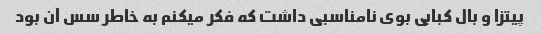
پیتزا و بال کبابی بوی نامناسبی داشت که فکر میکنم به خاطر سس آن بود